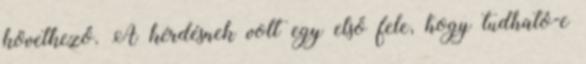
következő. A kérdésnek volt egy első fele, hogy tudható-e